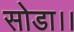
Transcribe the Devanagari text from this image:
सोडा।।